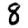
Digit: 8